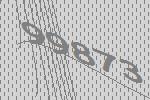
99873